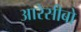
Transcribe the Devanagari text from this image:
आरेसीबो